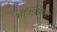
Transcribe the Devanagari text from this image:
मॅक्झिमस